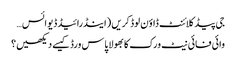
جی پیڈ کلائنٹ ڈاؤن لوڈ کریں (اینڈرائیڈ ڈیوائس…
وائی فائی نیٹ ورک کا بھولا پاس ورڈ کیسے دیکھیں؟